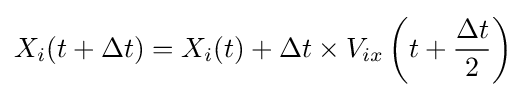
X_{i}(t+\Delta t)=X_{i}(t)+\Delta t\times V_{ix}\left(t+{\frac {\Delta t}{2}}\right)